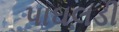
પાઘલડી